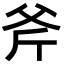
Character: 斧